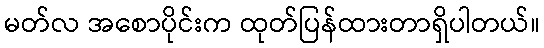
မတ်လ အစောပိုင်းက ထုတ်ပြန်ထားတာရှိပါတယ်။